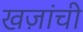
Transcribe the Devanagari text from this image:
खज़ांची